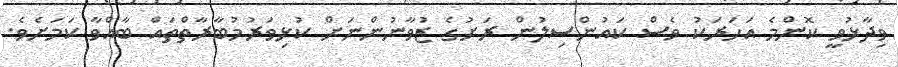
ވިދާޅުވީ ކޮންމެ އަހަރަކު ވެސް ކައުންސިލުން ރަށުގެ ޒުވާނުންނަށް ކުޅިވަރުމުބާރާތްތައް ބާއްވާ ކަމަށެވެ.